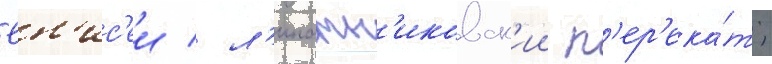
Ен'ис'еи / л'ипатн'иковск'ии п'ер'ека́т;